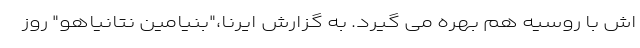
اش با روسیه هم بهره می گیرد. به گزارش ایرنا،"بنیامین نتانیاهو" روز